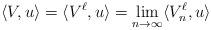
LaTeX: \begin{align*}\langle V, u\rangle = \langle V^{\ell},u\rangle = \lim_{n\to\infty} \langle V_n^\ell, u\rangle \end{align*}